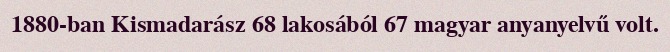
1880-ban Kismadarász 68 lakosából 67 magyar anyanyelvű volt.